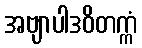
အဗျာပါဒဝိတက္ကံ